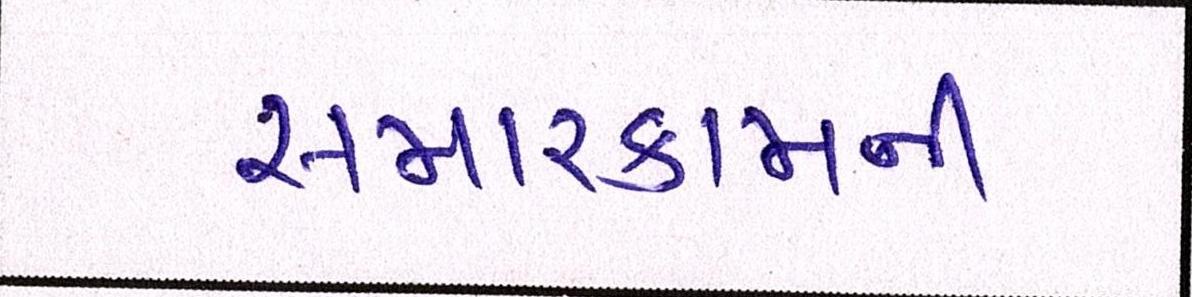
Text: સમારકામની